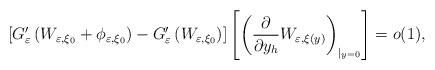
LaTeX: \begin{align*}\left[ G_{\varepsilon}^{\prime}\left( W_{\varepsilon,\xi_{0}}+\phi_{\varepsilon,\xi_{0}}\right) -G_{\varepsilon}^{\prime}\left( W_{\varepsilon,\xi_{0}}\right) \right] \left[ \left( \frac{\partial}{\partial y_{h}}W_{\varepsilon,\xi(y)}\right) _{|_{y=0}}\right] =o(1), \end{align*}